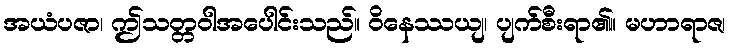
အယံပဇာ၊ ဤသတ္တဝါအပေါင်းသည်။ ဝိနေဿယျ၊ ပျက်စီးရာ၏။ မဟာရာဇ၊